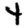
Digit: 4